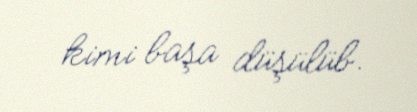
kimi başa düşülüb.